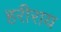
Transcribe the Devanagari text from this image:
हरीराय